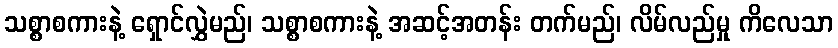
သစ္စာစကားနဲ့ ရှောင်လွှဲမည်၊ သစ္စာစကားနဲ့ အဆင့်အတန်း တက်မည်၊ လိမ်လည်မှု ကိလေသာ